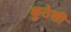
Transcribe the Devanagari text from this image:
कुठेशी